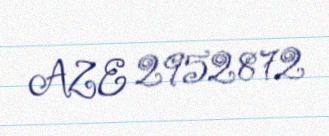
AZE 2952872